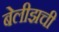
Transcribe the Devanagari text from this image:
बेलीझची